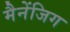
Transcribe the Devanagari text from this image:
मैनेंजिग